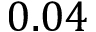
0 . 0 4